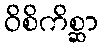
ဝိစိကိစ္ဆာ